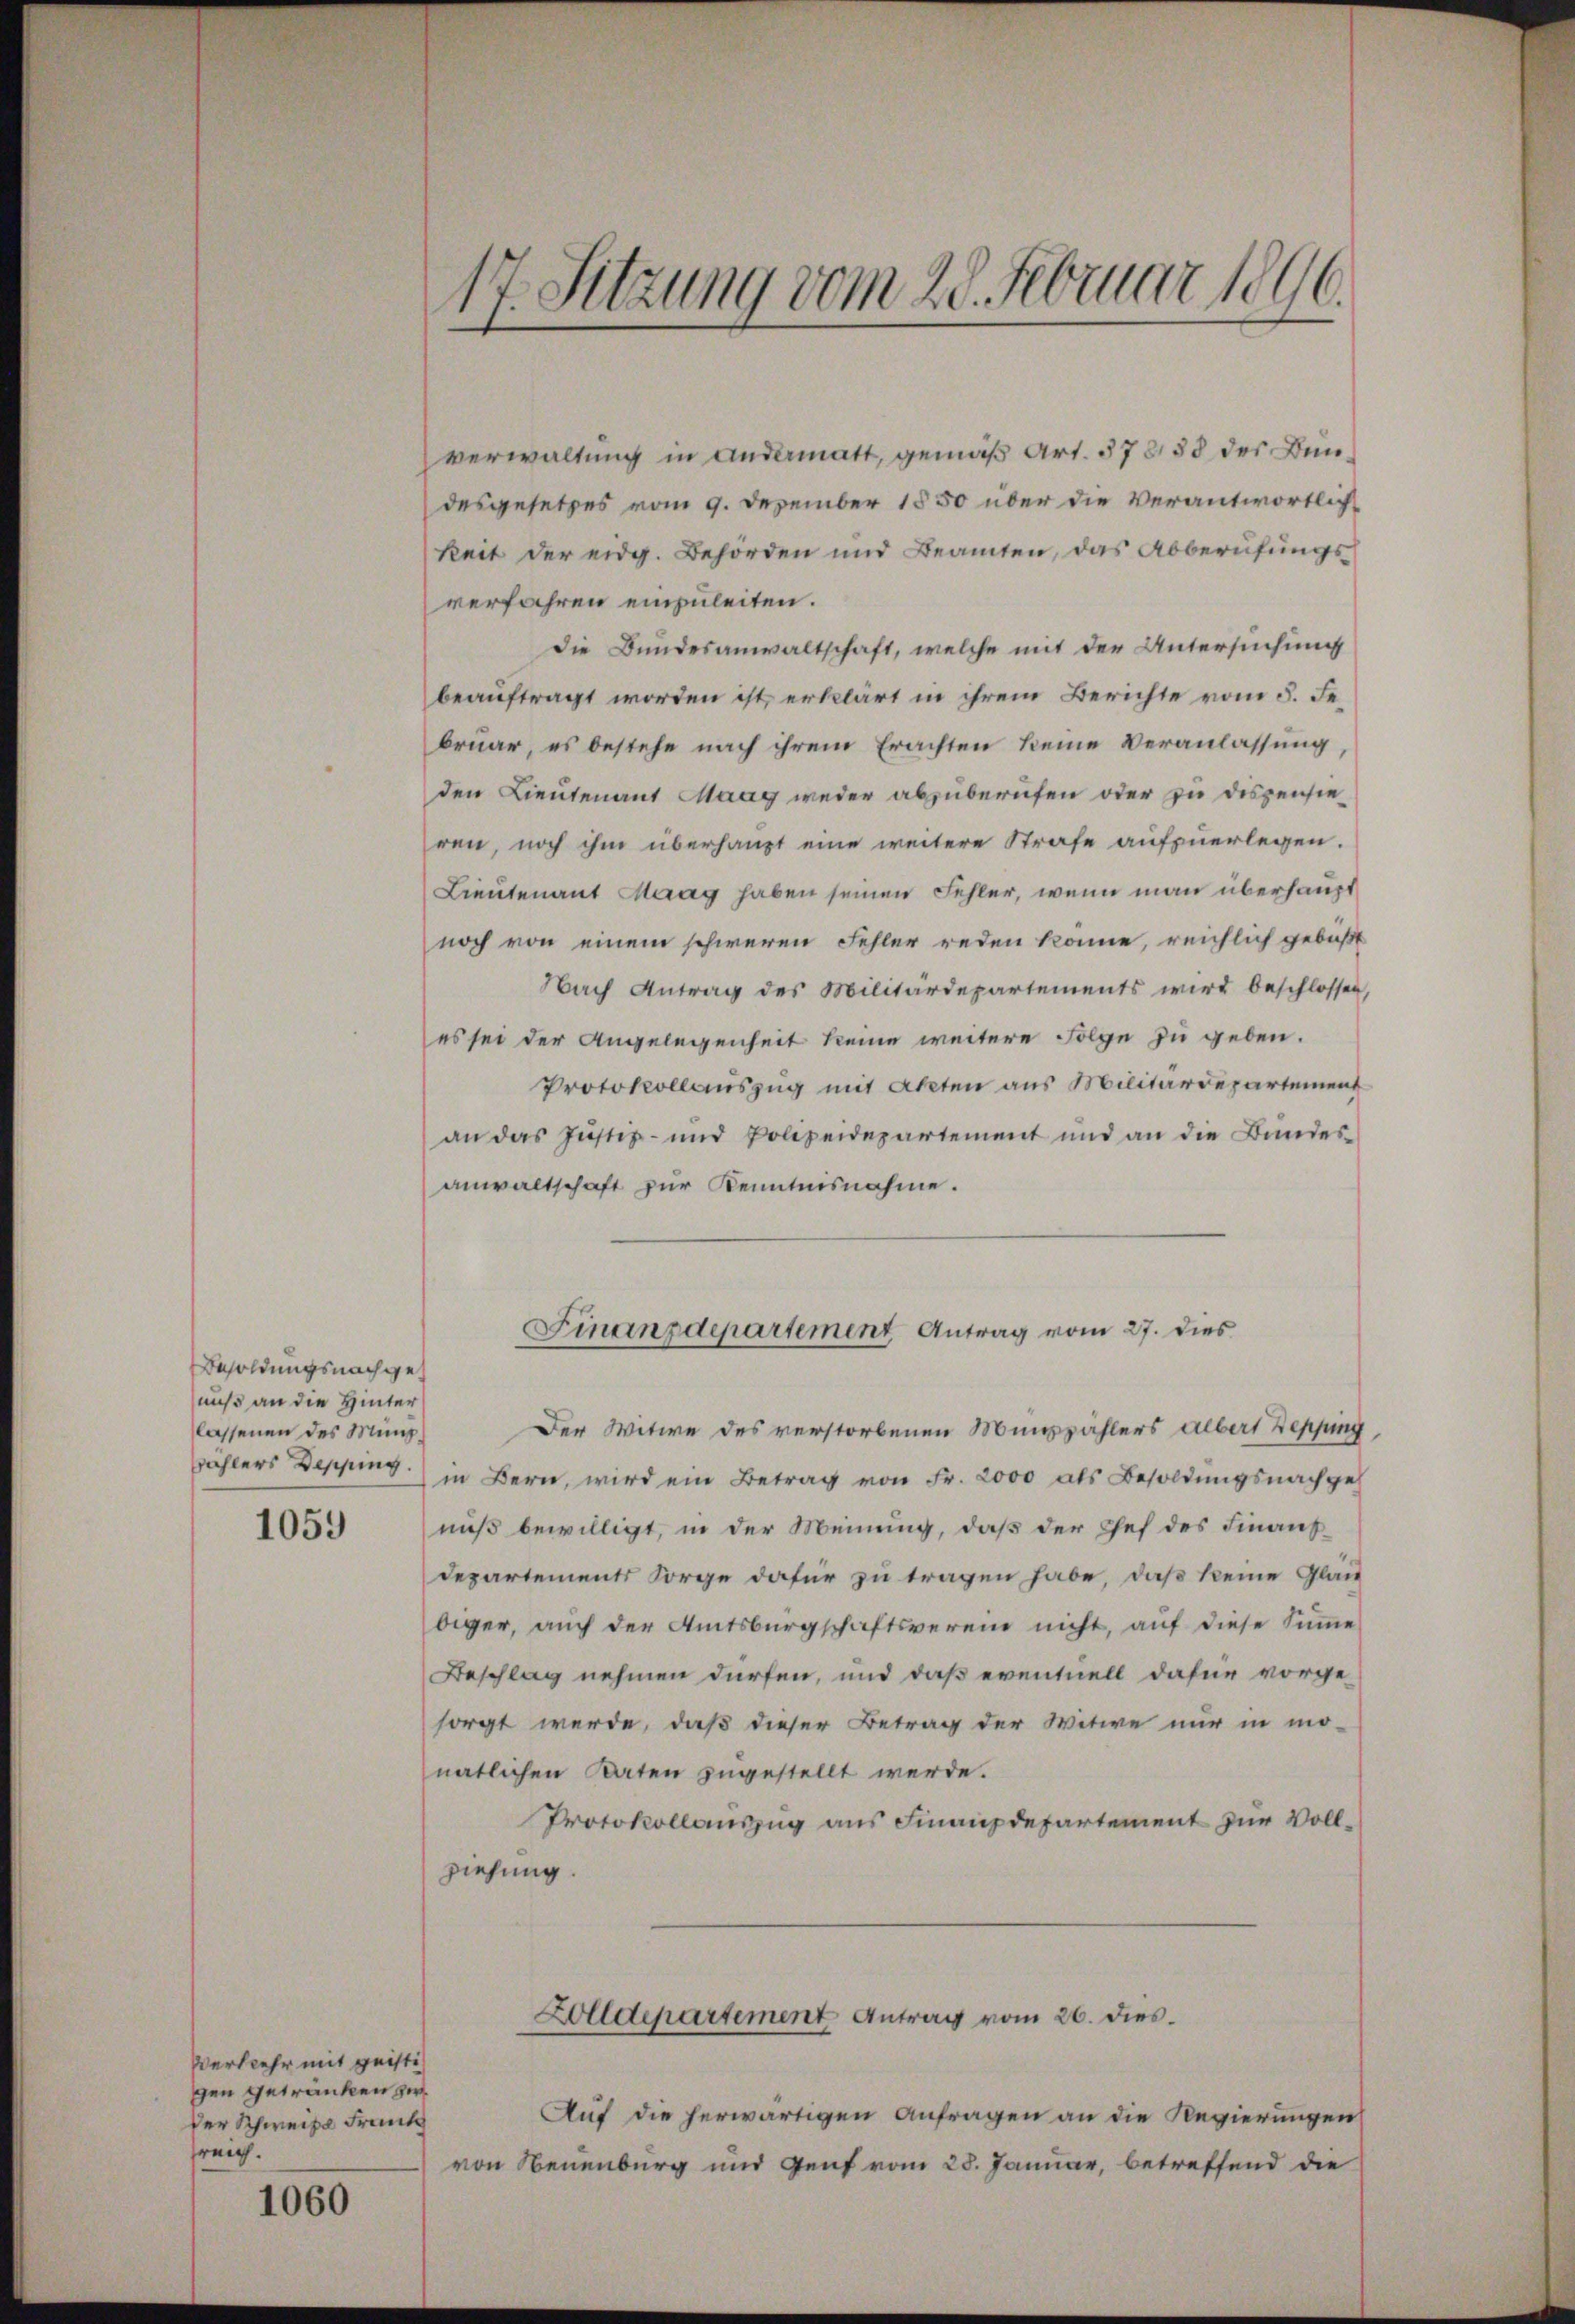
Besoldungsnachgenuß an die Hinter
lassenen des Münz
Wahlers Depping.

1059

Verkehr mit geiste
ggen getranken zw
der Schweize Frank
freich.

1060

verwaltung in andermatt, gemäß Art. 57858 des Bundesgesetzes vom 9. Dezember 1850 über die verantwortlichkeit der eidg. Behörden und Beamten, das Abberufungs
verfahren einzuleiten.
die Bundesanwaltschaft, welche mit der Untersuchung
beauftragt worden ist, erklärt in ihrem Berichte vom 5. Februar, es bestehe nach ihrem Erachten keine Veranlassung
den Lieutenant Maag weder abzuberufen oder zu dispensie
ren, noch ihm überhaupt eine weitere Strafe aufzuerlegen.
Lieutenant Maag haben seinen Fehler, wenn man überhaupt
noch von einem schweren Fehler reden könne, reichlich gebüßt
Nach Antrag des Militärdepartements wird beschlossen,
es sei der Angelegenheit keine weitere Folge zu geben.
Protokollauszug mit Akten aus Militärdepartement
an das Justiz- und Polizeidepartement und an die Bundes-
anwaltschaft zur Kenntnisnahme.

¬
17. Sitzung vom 28. Februar 1890.

Finanzdepartement Antrag vom 27. dies

Der Witwe des verstorbenen Münzählers albert Repping
in Bern, wird ein Betrag von Fr. 2000 als Besoldungsnachges
nuß bewilligt, in der Meinung, daß der Chef des Finanz-
Departements Sorge dafür zu tragen habe, daß keine Gläu-
biger, auch der Amtsbürgschaftsverein nicht, auf diese Summe
Beschlag nehmen dürfen, und daß eventuell dafür vorge-
sorgt werde, daß dieser Betrag der Witwe nur in mo-
natlichen Daten zugestellt werde.
Protokollauszug aus Finanzdepartement zur Vollziehung.
Zolldepartement Antrag vom 26. dies
Auf die herwärtigen Anfragen an die Regierungen
von Neuenburg und Genf vom 28. Januar, betreffend die